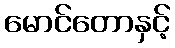
မောင်တောနှင့်